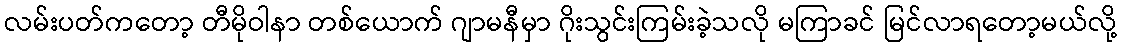
လမ်းပတ်ကတော့ တီမိုဝါနာ တစ်ယောက် ဂျာမနီမှာ ဂိုးသွင်းကြမ်းခဲ့သလို မကြာခင် မြင်လာရတော့မယ်လို့